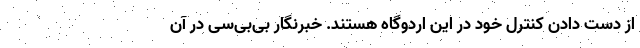
از دست دادن کنترل خود در این اردوگاه هستند. خبرنگار بی‌بی‌سی در آن